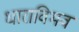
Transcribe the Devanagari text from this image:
धाराविभव